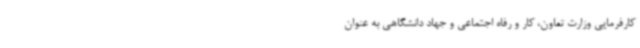
کارفرمایی وزارت تعاون، کار و رفاه اجتماعی و جهاد دانشگاهی به عنوان